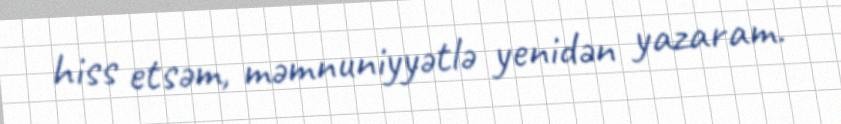
hiss etsəm, məmnuniyyətlə yenidən yazaram.